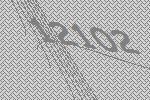
12102